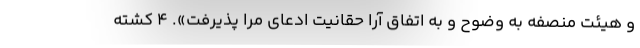
و هیئت منصفه به وضوح و به اتفاق آرا حقانیت ادعای مرا پذیرفت». ۴ کشته